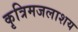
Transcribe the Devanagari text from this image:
कृत्रिमजलाशय